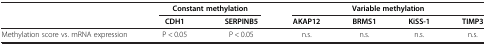
|  | <COLSPAN=2> Constant methylation | <COLSPAN=4> Variable methylation |
 |  | CDH1 | SERPINB5 | AKAP12 | BRMS1 | KiSS-1 | TIMP3 |
 | --- | --- | --- | --- | --- | --- | --- |
 | Methylation score vs. mRNA expression | P < 0.05 | P < 0.05 | n.s. | n.s. | n.s. | n.s. |